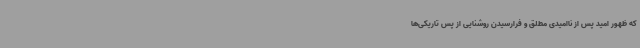
که ظهور امید پس از ناامیدی‌ مطلق و فرارسیدن روشنایی از پس تاریکی‌ها